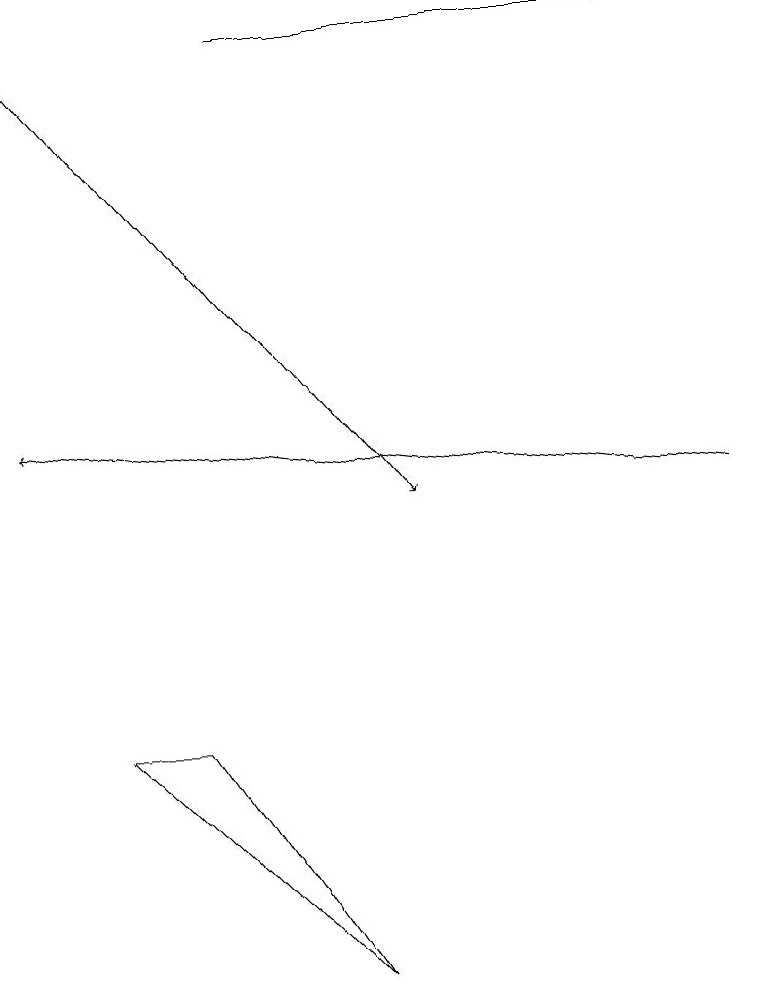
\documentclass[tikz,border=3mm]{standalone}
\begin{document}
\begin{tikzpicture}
\draw (4,6) -- (2,9) -- (1,9) -- cycle;
\draw (3,18) rectangle (8,18);
\draw[->] (0,18) -- (5,12);
\draw[->] (9,12) -- (0,13);
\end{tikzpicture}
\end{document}